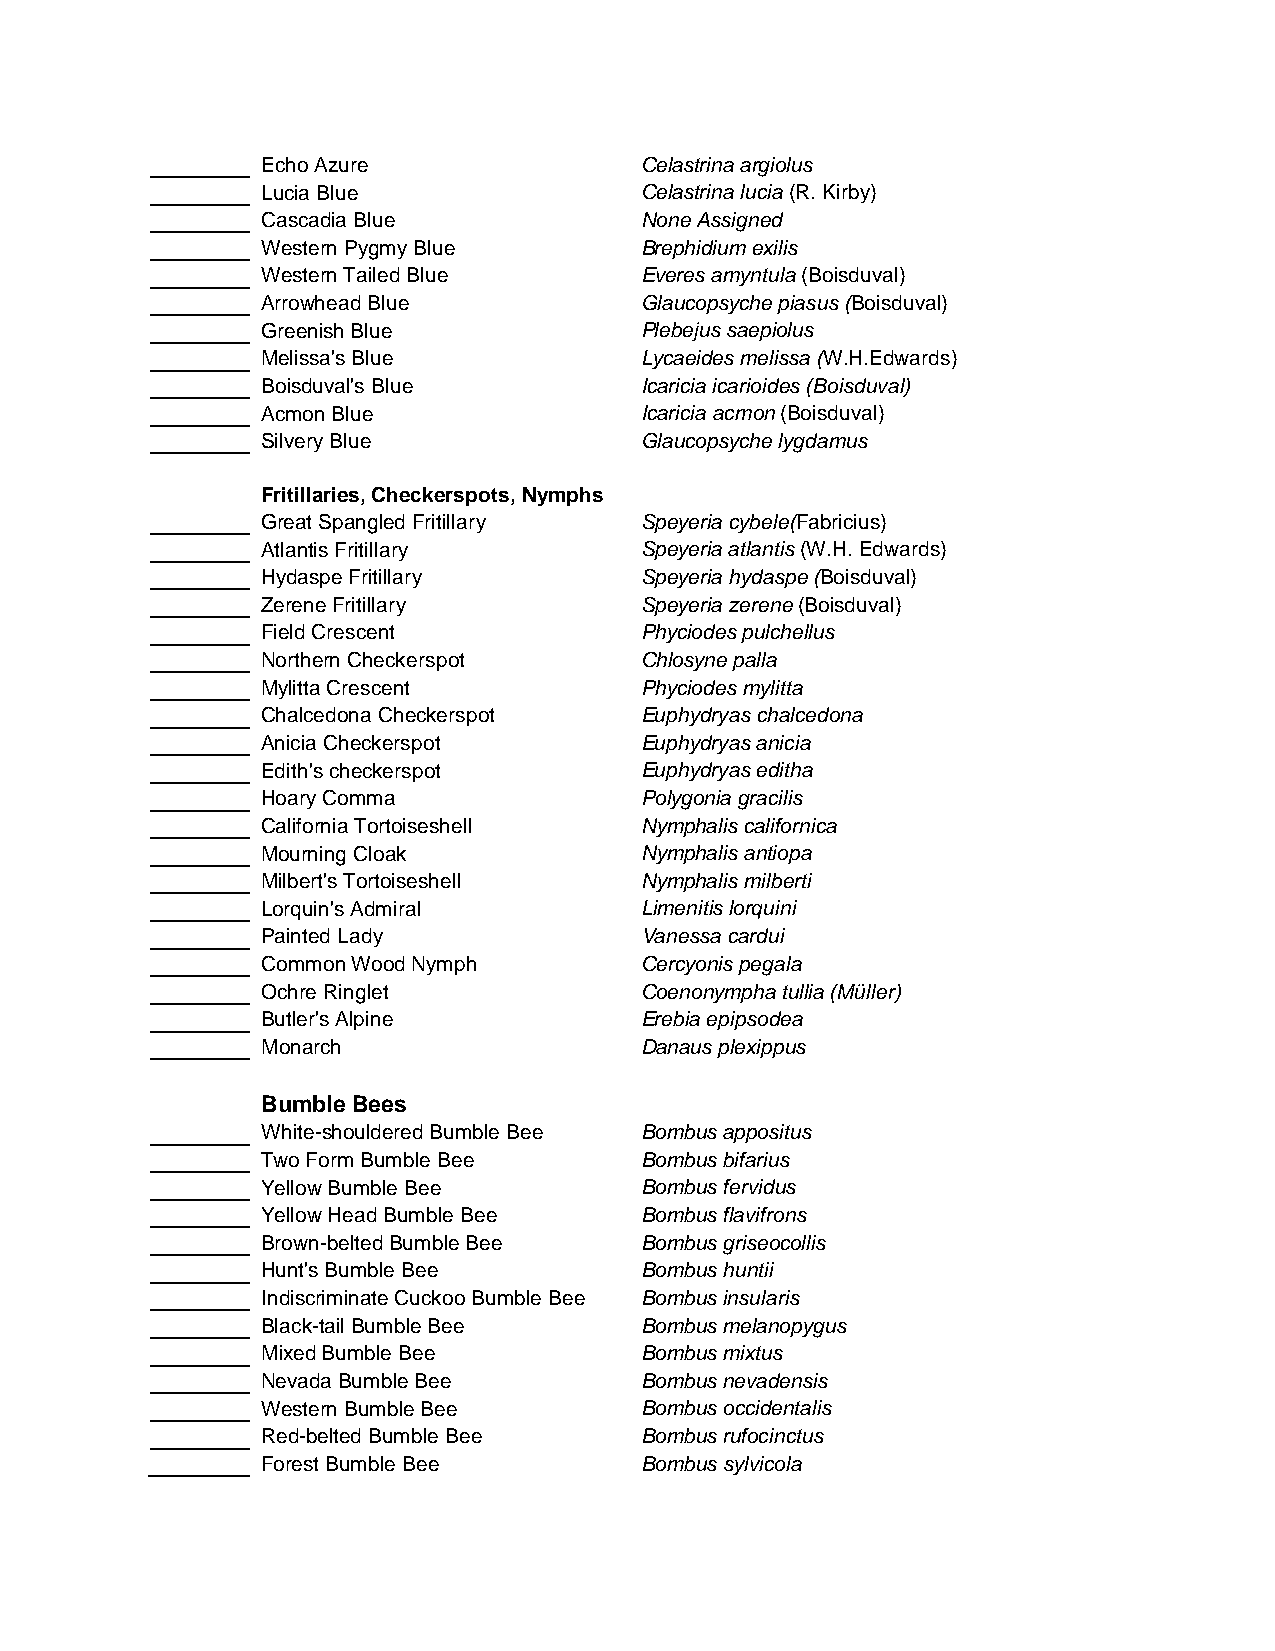
Echo Azure               Celastrina argiolus
 Lucia Blue               Celastrina lucia (R. Kirby)
 Cascadia Blue            None Assigned
 Western Pygmy Blue       Brephidium exilis
 Western Tailed Blue      Everes amyntula (Boisduval)
 Arrowhead Blue           Glaucopsyche piasus (Boisduval)
 Greenish Blue            Plebejus saepiolus
 Melissa's Blue           Lycaeides melissa (W.H.Edwards)
 Boisduval's Blue         Icaricia icarioides (Boisduval)
 Acmon Blue               Icaricia acmon (Boisduval)
 Silvery Blue             Glaucopsyche lygdamus
 Fritillaries, Checkerspots, Nymphs
 Great Spangled Fritillary Speyeria cybele(Fabricius)
 Atlantis Fritillary      Speyeria atlantis (W.H. Edwards)
 Hydaspe Fritillary       Speyeria hydaspe (Boisduval)
 Zerene Fritillary        Speyeria zerene (Boisduval)
 Field Crescent           Phyciodes pulchellus
 Northern Checkerspot     Chlosyne palla
 Mylitta Crescent         Phyciodes mylitta
 Chalcedona Checkerspot   Euphydryas chalcedona
 Anicia Checkerspot       Euphydryas anicia
 Edith's checkerspot      Euphydryas editha
 Hoary Comma              Polygonia gracilis
 California Tortoiseshell Nymphalis californica
 Mourning Cloak           Nymphalis antiopa
 Milbert's Tortoiseshell  Nymphalis milberti
 Lorquin's Admiral        Limenitis lorquini
 Painted Lady             Vanessa cardui
 Common Wood Nymph        Cercyonis pegala
 Ochre Ringlet            Coenonympha tullia (Müller)
 Butler's Alpine          Erebia epipsodea
 Monarch                  Danaus plexippus
 Bumble Bees
 White-shouldered Bumble Bee Bombus appositus
 Two Form Bumble Bee      Bombus bifarius
 Yellow Bumble Bee        Bombus fervidus
 Yellow Head Bumble Bee   Bombus flavifrons
 Brown-belted Bumble Bee  Bombus griseocollis
 Hunt's Bumble Bee        Bombus huntii
 Indiscriminate Cuckoo Bumble Bee Bombus insularis
 Black-tail Bumble Bee    Bombus melanopygus
 Mixed Bumble Bee         Bombus mixtus
 Nevada Bumble Bee        Bombus nevadensis
 Western Bumble Bee       Bombus occidentalis
 Red-belted Bumble Bee    Bombus rufocinctus
 Forest Bumble Bee        Bombus sylvicola